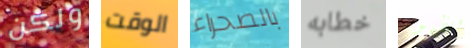
ولكن الوقت بالصحراء خطابه للظهور